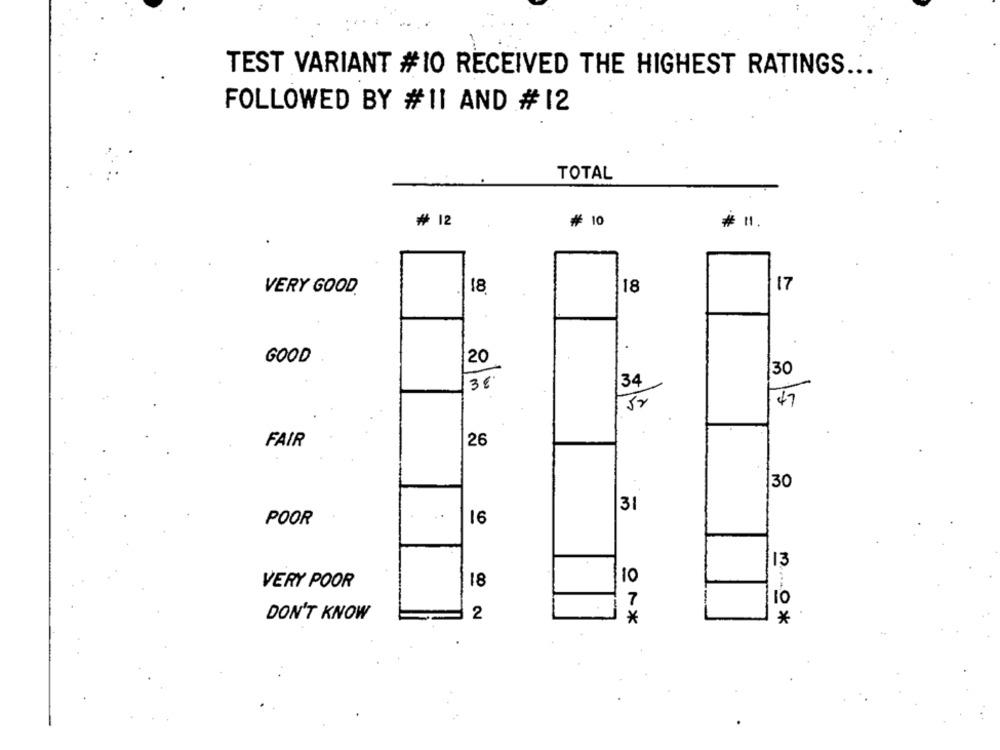
TEST VARIANT #10 RECEIVED THE HIGHEST RATINGS
FOLLOWED BY #11 AND # 12
TOTAL
₩ 12
₩ 10
VERY GOOD.
18
18
17
-
GOOD
20
30
34
3€
47
26
FAIR
30
3
. .
POOR
16
13
VERY POOR
18
10
7
10
2
DON'T KNOW
*
*